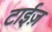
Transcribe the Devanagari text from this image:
टाईज़